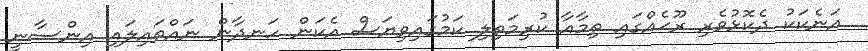
އަނެކަކު ދެކޮޅުވެރި ރޫޙެއްގައި ތިމާއާ ކުރިމަތިލި ކަމުގައިވިޔަސް އެކަން ހަނދާން ނައްތައިލައި އިންސާނީ